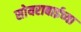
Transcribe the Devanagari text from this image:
सोयराबाईच्या